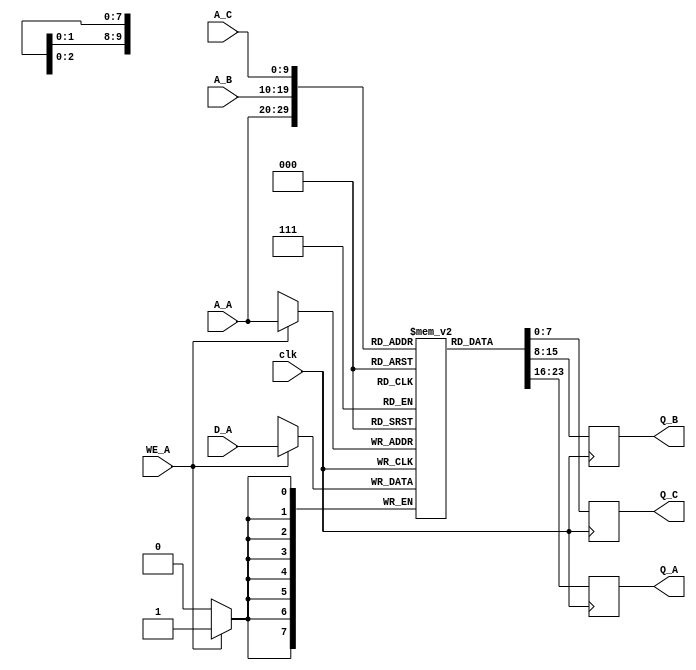
module triple_port_ram #(parameter DATA_WIDTH = 8, parameter ADDR_WIDTH = 10) (
    input wire clk,
    input wire [ADDR_WIDTH-1:0] A_A,  // Address for Port A
    input wire WE_A,                   // Write Enable for Port A
    input wire [DATA_WIDTH-1:0] D_A,   // Data Input for Port A
    output reg [DATA_WIDTH-1:0] Q_A,   // Data Output for Port A
    
    input wire [ADDR_WIDTH-1:0] A_B,  // Address for Port B
    output reg [DATA_WIDTH-1:0] Q_B,   // Data Output for Port B
    
    input wire [ADDR_WIDTH-1:0] A_C,  // Address for Port C
    output reg [DATA_WIDTH-1:0] Q_C    // Data Output for Port C
);
    
    // Memory declaration
    reg [DATA_WIDTH-1:0] mem [(1<<ADDR_WIDTH)-1:0]; // 2^ADDR_WIDTH memory

    // Port A: Read/Write operation
    always @(posedge clk) begin
        if (WE_A) begin
            // Write operation
            mem[A_A] <= D_A;
        end
        // Read operation
        Q_A <= mem[A_A];
    end

    // Port B: Read operation
    always @(posedge clk) begin
        Q_B <= mem[A_B];
    end

    // Port C: Read operation
    always @(posedge clk) begin
        Q_C <= mem[A_C];
    end

endmodule